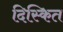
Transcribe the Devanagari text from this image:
दिस्कित